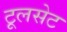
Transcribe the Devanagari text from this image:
टूलसेट